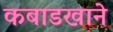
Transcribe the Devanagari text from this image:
कबाडखाने